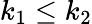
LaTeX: k_{1}\leq k_{2}